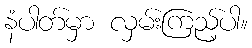
နံပါတ်မှာ လှမ်းကြည့်ပါ။